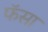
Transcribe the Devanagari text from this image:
फॅसा